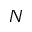
N